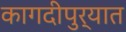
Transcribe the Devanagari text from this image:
कागदीपुर्‍यात